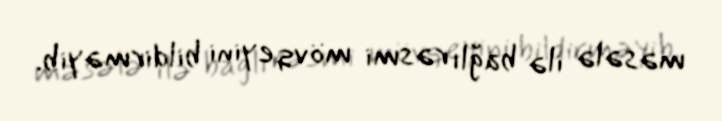
məsələ ilə bağlı rəsmi mövqeyini bildirməyib.